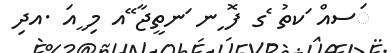
ަސއް ަކތު ެގ ފޮ ިނ ަނތީޖާ ޭއ މި ީއަ .އދި